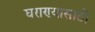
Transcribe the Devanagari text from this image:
घराण्यासाठी